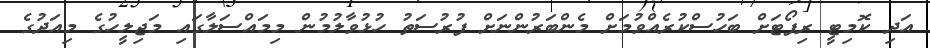
އަދި ކޮމިޓީ ރިޕޯޓަށް ބަހުސްކުރެއްވުމަށް މެންބަރުންނަށް ފުރުސަތު ހުޅުވާލުމުން މިމައްސަލާގައި މަޖިލީހުގެ މިއަދުގެ